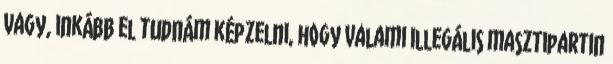
vagy, inkább el tudnám képzelni, hogy valami illegális masztipartin